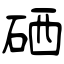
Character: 硒